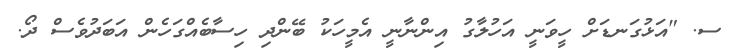
ސ. "އަޅުގަނޑަށް ހީވަނީ އަހުލާގު އިންނާނީ އެމީހަކު ބޭންދި ހިސާބެއްގަހެން އަބަދުވެސް ދޯ.